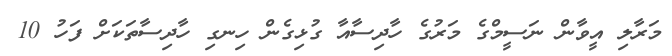
މަރާލި އީވާން ނަސީމްގެ މަރުގެ ހާދިސާއާ ގުޅިގެން ހިނގި ހާދިސާތަކަށް ފަހު 10